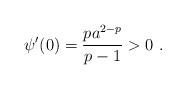
LaTeX: \begin{align*}\psi'(0) = \frac{p a^{2-p}}{p-1}>0\ . \end{align*}